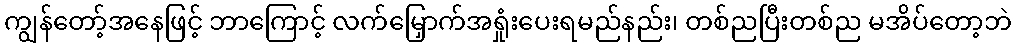
ကျွန်တော့်အနေဖြင့် ဘာကြောင့် လက်မြှောက်အရှုံးပေးရမည်နည်း၊ တစ်ညပြီးတစ်ည မအိပ်တော့ဘဲ